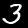
Label: 3